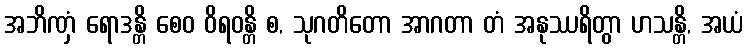
အဘိဏှံ ရောဒန္တိ စေဝ ဝိရဝန္တိ စ, သုဂတိတော အာဂတာ တံ အနုဿရိတွာ ဟသန္တိ, အယံ